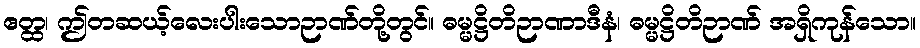
ဧတ္ထ၊ ဤတဆယ့်လေးပါးသောဉာဏ်တို့တွင်။ ဓမ္မဋ္ဌိတိဉာဏာဒီနံ၊ ဓမ္မဋ္ဌိတိဉာဏ် အရှိကုန်သော။